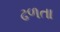
ઢળતા